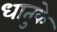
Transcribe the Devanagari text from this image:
धातुके